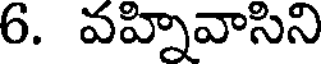
6. వహ్నివాసిని